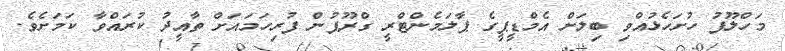
މަހްލޫފު ހުށަހެޅުއްވި ބިލަށް އެމްޑީޕީގެ ޕާލަމެންޓްރީ ގްރޫޕުން ފުރިހަމައަށް ތާއީދު ކުރައްވާ ކަމަށެވެ.